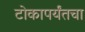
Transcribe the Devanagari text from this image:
टोकापर्यंतचा